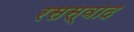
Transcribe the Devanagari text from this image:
रसस्वाद